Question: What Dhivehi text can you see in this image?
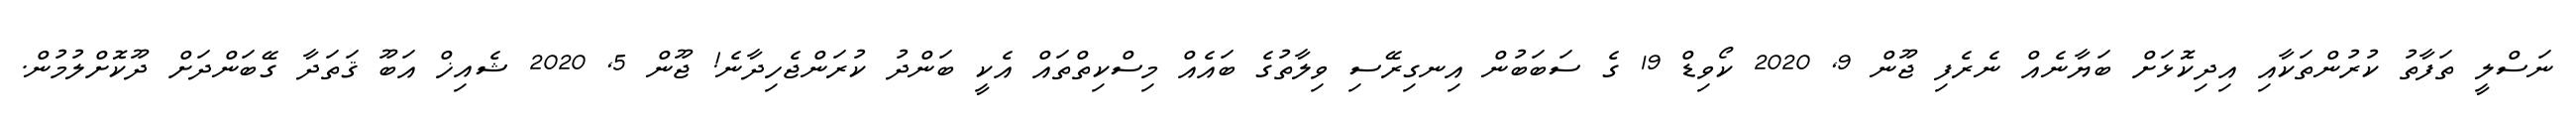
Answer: ނަސްލީ ތަފާތު ކުރުންތަކާއި އިދިކޮޅަށް ބަޔާނެއް ނެރެފި ޖޫން 9, 2020 ކޯވިޑް 19 ގެ ސަބަބުން އިނގިރޭސި ވިލާތުގެ ބައެއް މިސްކިތްތައް އެކީ ބަންދު ކުރަންޖެހިދާނެ! ޖޫން 5, 2020 ޝެއިޚް އަބޫ ޤަތަދާ ގޭބަންދަށް ދޫކޮށްލުމުން.